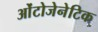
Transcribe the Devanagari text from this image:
ओंटोजेनेटिक